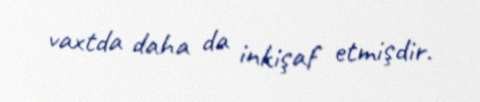
vaxtda daha da inkişaf etmişdir.